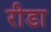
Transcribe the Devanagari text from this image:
रीडा